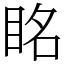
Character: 眳